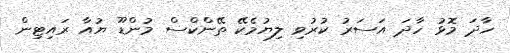
ހާދަ މޮޅު ހާދަ އަސަރު ކުރުވި ލިޔުމެކޭ ތޭންކްސް މުންޑޫ ޔުއާ ރައިޓިން